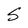
Character: S